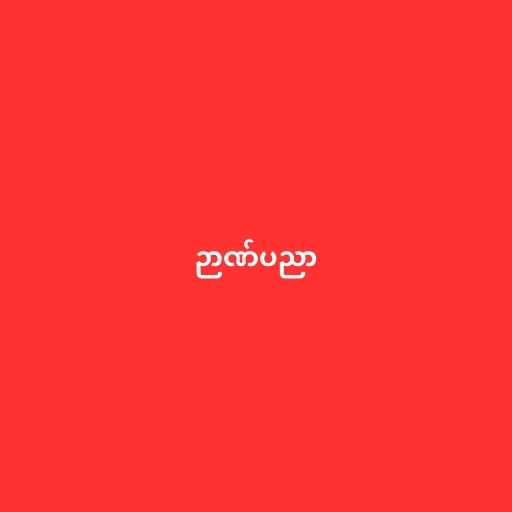
ဉာဏ်ပညာ